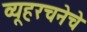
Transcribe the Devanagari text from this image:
व्यूहरचनेचे